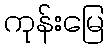
ကုန်းမြေ